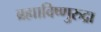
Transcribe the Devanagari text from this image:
ब्रह्माविष्णुरुद्रा